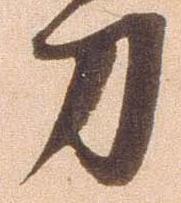
刀